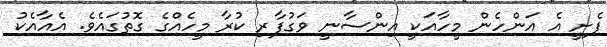
ފެށީ އެ އަންހެން މީހާއަކީ އިންސާނީ ވަގުފާރި ކުރާ މީހެއްގެ ގޮތުގައެވެ. އެއާއެކު